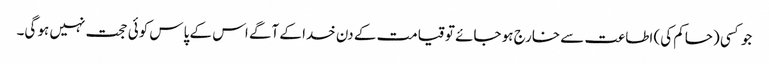
جو کسی (حاکم کی) اطاعت سے خارج ہو جائے تو قیامت کے دن خدا کے آگے اس کے پاس کوئی حجت نہیں ہو گی۔